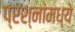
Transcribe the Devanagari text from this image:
प्रश्‍नांमध्‍ये